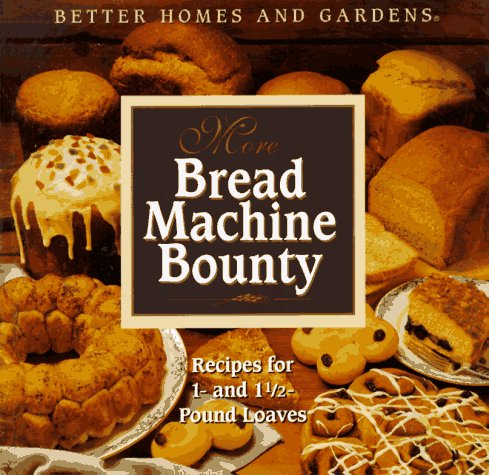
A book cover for More Bread Machine Bounty; Better Homes and Gardens; Cookbooks, Food & Wine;